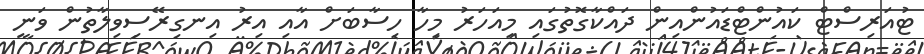
ޓުއަރިސްޓް ކައުންޓްޑައުންއިން ދައްކާގޮތުގައި މިއަހަރު މިހާ ހިސާބަށް އާއި އިރު އިނގިރޭސިވިލާތުން ވަނީ